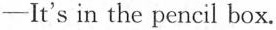
—It's in the pencil box.